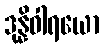
ဒုန္နိဝါရယော